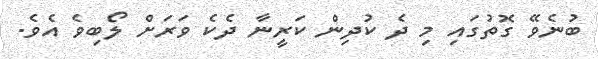
ބުނެވޭ ގޮތުގައި މި ދެ ކުދިން ކަރީނާ ދެކެ ވަރަށް ލޯބިވެ އެވެ.